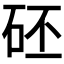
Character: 𥑜